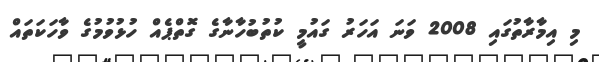
މި އިމާރާތުގައި 2008 ވަނަ އަހަރު ގައުމީ ކުތުބުހާނާގެ ގޮތްޕެއް ހުޅުވުމުގެ ވާހަކަތައް